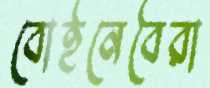
বোইনেবৈরা